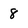
Character: 8